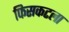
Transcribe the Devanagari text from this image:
फिसकटला